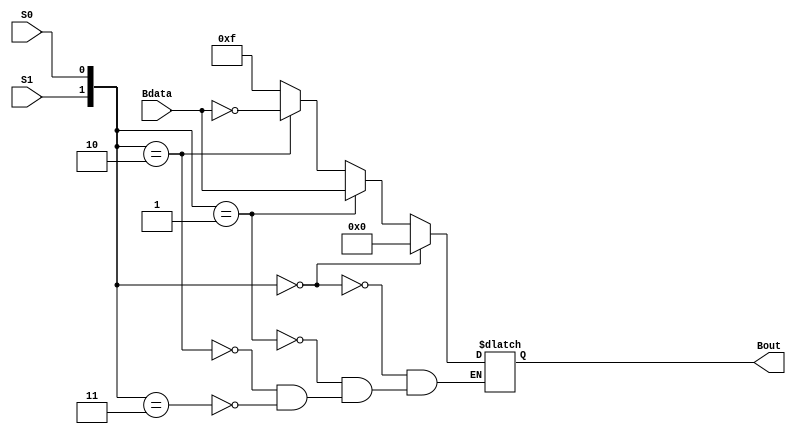
module InputLogic(Bdata, S1, S0, Bout);
input [3:0] Bdata;
input S1, S0;
output [3:0] Bout;

   reg [3:0] Bout;

	always@(*)
	begin

	if({S1, S0} == {2'b00})
		Bout <= {4'b0000};
		
	else if({S1, S0} == {2'b01})
		Bout <= (Bdata);
		
	else if({S1, S0} == {2'b10})
		Bout <= (~Bdata);

	else if({S1, S0} == {2'b11})
		Bout <= {4'b1111};

	end

endmodule